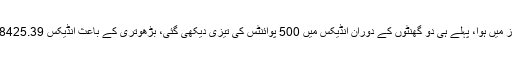
آج کاروبار کا آغاز ہی مثبت انداز میں ہوا، پہلے ہی دو گھنٹوں کے دوران انڈیکس میں 500 پوائنٹس کی تیزی دیکھی گئی، بڑھوتری کے باعث انڈیکس 38425.39 پوائنٹس کی سطح پر آ گیا تھا۔